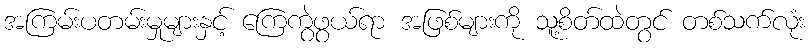
အကြမ်းပတမ်းမှုများနှင့် ကြေကွဲဖွယ်ရာ အဖြစ်များကို သူ့စိတ်ထဲတွင် တစ်သက်လုံး